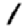
Digit: 1